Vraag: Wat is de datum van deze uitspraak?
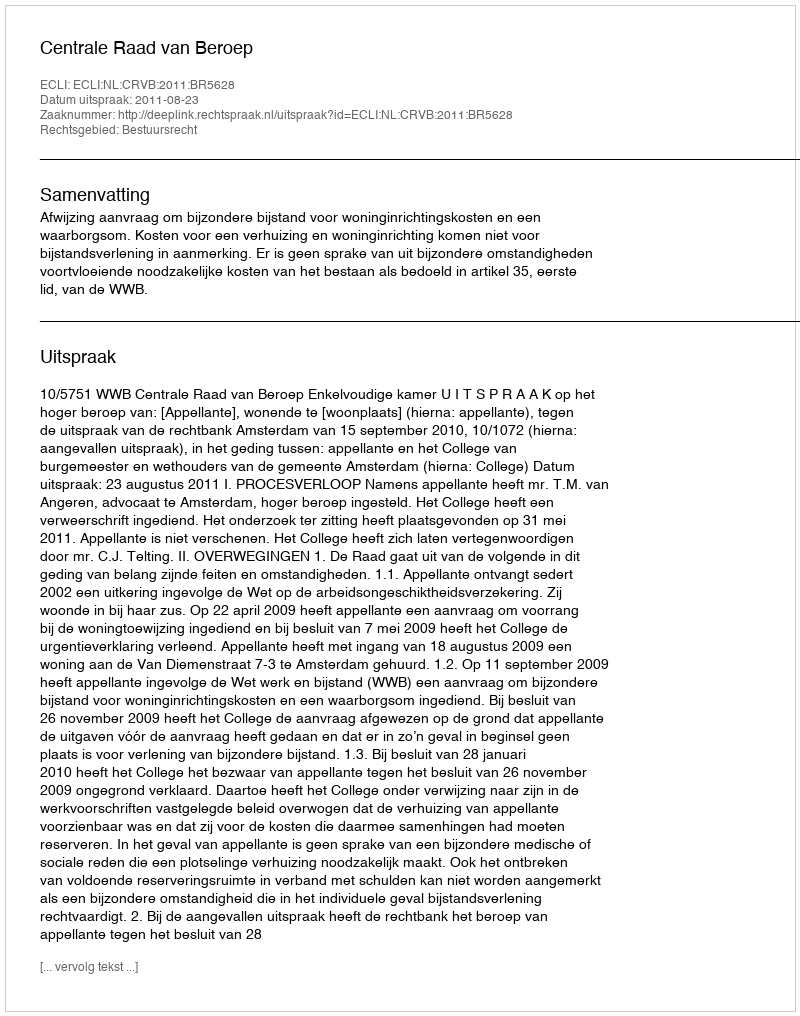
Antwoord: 2011-08-23